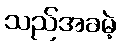
သည်အခမဲ့